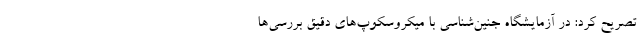
تصریح کرد: در آزمایشگاه جنین‌شناسی با میکروسکوپ‌های دقیق بررسی‌ها